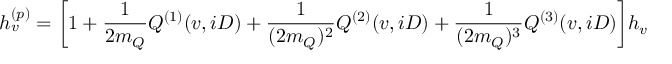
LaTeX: h _ { v } ^ { ( p ) } = \biggl [ 1 + \frac { 1 } { 2 m _ { Q } } Q ^ { ( 1 ) } ( v , i D ) + \frac { 1 } { ( 2 m _ { Q } ) ^ { 2 } } Q ^ { ( 2 ) } ( v , i D ) + \frac { 1 } { ( 2 m _ { Q } ) ^ { 3 } } Q ^ { ( 3 ) } ( v , i D ) \biggr ] h _ { v }